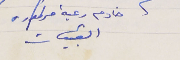
خادم رعية مرتموره القبيات